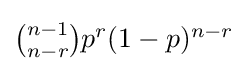
{\textstyle {\binom {n-1}{n-r}}p^{r}(1-p)^{n-r}}